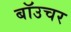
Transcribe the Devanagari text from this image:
बॉउचर